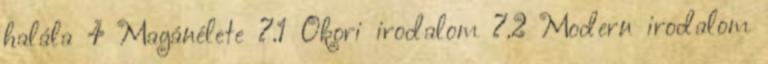
halála 4 Magánélete 7.1 Ókori irodalom 7.2 Modern irodalom